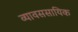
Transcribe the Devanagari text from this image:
व्यावससायिक